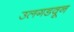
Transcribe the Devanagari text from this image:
उलगडवून